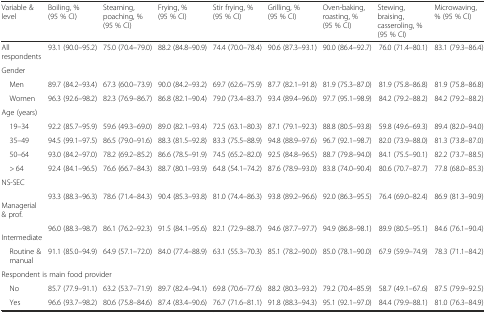
<table><thead><tr><td><b>Variable &amp; level</b></td><td><b>Boiling, % (95 % CI)</b></td><td><b>Steaming, poaching, % (95 % CI)</b></td><td><b>Frying, % (95 % CI)</b></td><td><b>Stir frying, % (95 % CI)</b></td><td><b>Grilling, % (95 % CI)</b></td><td><b>Oven-baking, roasting, % (95 % CI)</b></td><td><b>Stewing, braising, casseroling, % (95 % CI)</b></td><td><b>Microwaving, % (95 % CI)</b></td></tr></thead><tbody><tr><td>All respondents</td><td>93.1 (90.0–95.2)</td><td>75.0 (70.4–79.0)</td><td>88.2 (84.8–90.9)</td><td>74.4 (70.0–78.4)</td><td>90.6 (87.3–93.1)</td><td>90.0 (86.4–92.7)</td><td>76.0 (71.4–80.1)</td><td>83.1 (79.3–86.4)</td></tr><tr><td colspan="9">Gender</td></tr><tr><td> Men</td><td>89.7 (84.2–93.4)</td><td>67.3 (60.0–73.9)</td><td>90.0 (84.2–93.2)</td><td>69.7 (62.6–75.9)</td><td>87.7 (82.1–91.8)</td><td>81.9 (75.3–87.0)</td><td>81.9 (75.8–86.8)</td><td>81.9 (75.8–86.8)</td></tr><tr><td> Women</td><td>96.3 (92.6–98.2)</td><td>82.3 (76.9–86.7)</td><td>86.8 (82.1–90.4)</td><td>79.0 (73.4–83.7)</td><td>93.4 (89.4–96.0)</td><td>97.7 (95.1–98.9)</td><td>84.2 (79.2–88.2)</td><td>84.2 (79.2–88.2)</td></tr><tr><td colspan="9">Age (years)</td></tr><tr><td> 19–34</td><td>92.2 (85.7–95.9)</td><td>59.6 (49.3–69.0)</td><td>89.0 (82.1–93.4)</td><td>72.5 (63.1–80.3)</td><td>87.1 (79.1–92.3)</td><td>88.8 (80.5–93.8)</td><td>59.8 (49.6–69.3)</td><td>89.4 (82.0–94.0)</td></tr><tr><td> 35–49</td><td>94.5 (99.1–97.5)</td><td>86.5 (79.0–91.6)</td><td>88.3 (81.5–92.8)</td><td>83.3 (75.5–88.9)</td><td>94.8 (88.9–97.6)</td><td>96.7 (92.1–98.7)</td><td>82.0 (73.9–88.0)</td><td>81.3 (73.8–87.0)</td></tr><tr><td> 50–64</td><td>93.0 (84.2–97.0)</td><td>78.2 (69.2–85.2)</td><td>86.6 (78.5–91.9)</td><td>74.5 (65.2–82.0)</td><td>92.5 (84.8–96.5)</td><td>88.7 (79.8–94.0)</td><td>84.1 (75.5–90.1)</td><td>82.2 (73.7–88.5)</td></tr><tr><td> &gt; 64</td><td>92.4 (84.1–96.5)</td><td>76.6 (66.7–84.3)</td><td>88.7 (80.1–93.9)</td><td>64.8 (54.1–74.2)</td><td>87.6 (78.9–93.0)</td><td>83.8 (74.0–90.4)</td><td>80.6 (70.7–87.7)</td><td>77.8 (68.0–85.3)</td></tr><tr><td colspan="9">NS-SEC</td></tr><tr><td> Managerial &amp; prof.</td><td>93.3 (88.3–96.3)</td><td>78.6 (71.4–84.3)</td><td>90.4 (85.3–93.8)</td><td>81.0 (74.4–86.3)</td><td>93.8 (89.2–96.6)</td><td>92.0 (86.3–95.5)</td><td>76.4 (69.0–82.4)</td><td>86.9 (81.3–90.9)</td></tr><tr><td> Intermediate</td><td>96.0 (88.3–98.7)</td><td>86.1 (76.2–92.3)</td><td>91.5 (84.1–95.6)</td><td>82.1 (72.9–88.7)</td><td>94.6 (87.7–97.7)</td><td>94.9 (86.8–98.1)</td><td>89.9 (80.5–95.1)</td><td>84.6 (76.1–90.4)</td></tr><tr><td> Routine &amp; manual</td><td>91.1 (85.0–94.9)</td><td>64.9 (57.1–72.0)</td><td>84.0 (77.4–88.9)</td><td>63.1 (55.3–70.3)</td><td>85.1 (78.2–90.0)</td><td>85.0 (78.1–90.0)</td><td>67.9 (59.9–74.9)</td><td>78.3 (71.1–84.2)</td></tr><tr><td colspan="9">Respondent is main food provider</td></tr><tr><td> No</td><td>85.7 (77.9–91.1)</td><td>63.2 (53.7–71.9)</td><td>89.7 (82.4–94.1)</td><td>69.8 (70.6–77.6)</td><td>88.2 (80.3–93.2)</td><td>79.2 (70.4–85.9)</td><td>58.7 (49.1–67.6)</td><td>87.5 (79.9–92.5)</td></tr><tr><td> Yes</td><td>96.6 (93.7–98.2)</td><td>80.6 (75.8–84.6)</td><td>87.4 (83.4–90.6)</td><td>76.7 (71.6–81.1)</td><td>91.8 (88.3–94.3)</td><td>95.1 (92.1–97.0)</td><td>84.4 (79.9–88.1)</td><td>81.0 (76.3–84.9)</td></tr></tbody></table>